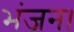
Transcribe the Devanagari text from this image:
भंजन।